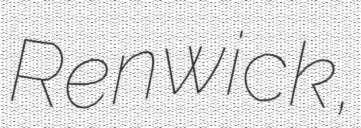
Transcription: Renwick,